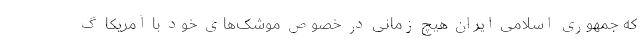
که جمهوری اسلامی ایران هیچ زمانی در خصوص موشک‌های خود با آمریکا گ